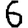
Digit: 6